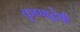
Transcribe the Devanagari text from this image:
कृष्णद्वेषी